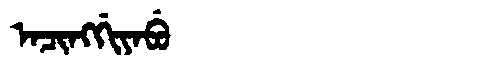
Manchu: ᠠᠴᡳᠩᡤᡳᠶᠠᠪᡠ
Romanization: ACINGGIYABU